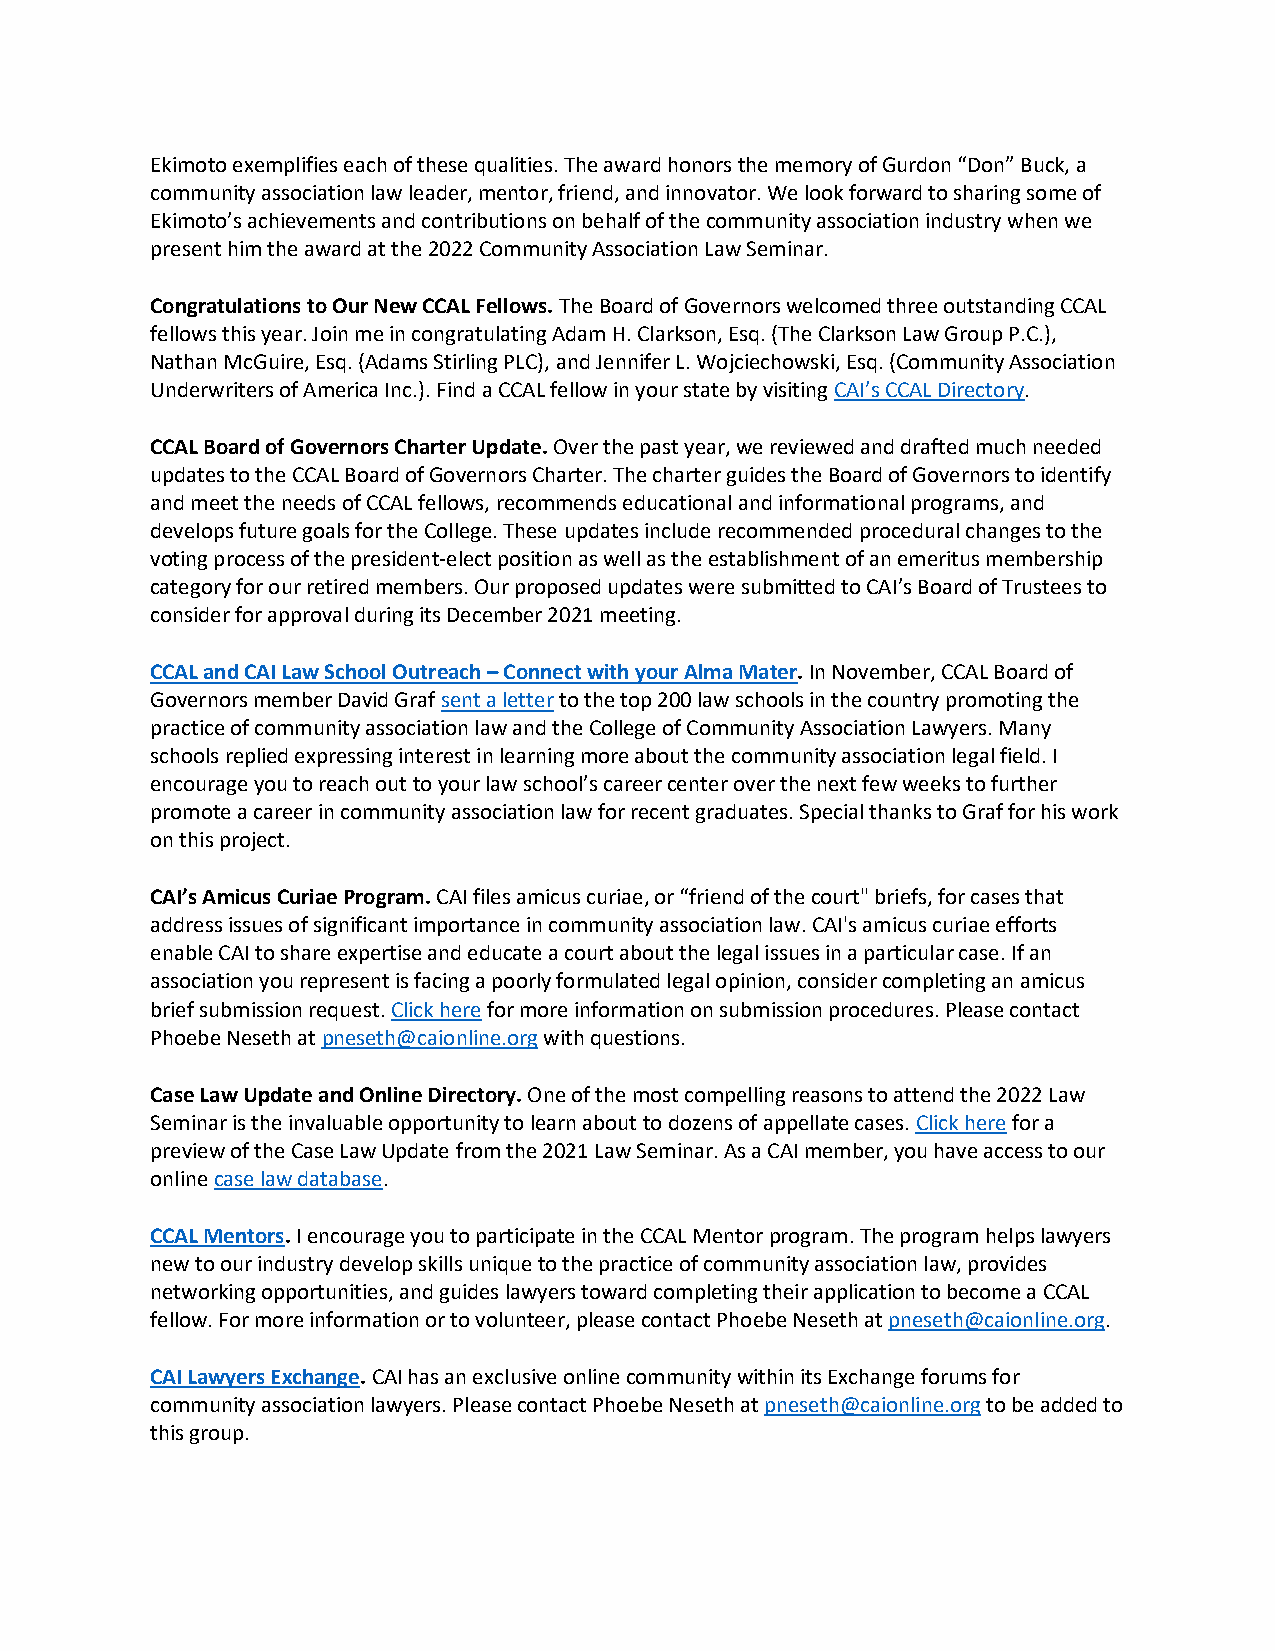
Ekimoto exemplifies each of these qualities. The award honors the memory of Gurdon “Don” Buck, a
 community association law leader, mentor, friend, and innovator. We look forward to sharing some of
 Ekimoto’s achievements and contributions on behalf of the community association industry when we
 present him the award at the 2022 Community Association Law Seminar.
 Congratulations to Our New CCAL Fellows. The Board of Governors welcomed three outstanding CCAL
 fellows this year. Join me in congratulating Adam H. Clarkson, Esq. (The Clarkson Law Group P.C.),
 Nathan McGuire, Esq. (Adams Stirling PLC), and Jennifer L. Wojciechowski, Esq. (Community Association
 Underwriters of America Inc.). Find a CCAL fellow in your state by visiting CAI’s CCAL Directory.
 CCAL Board of Governors Charter Update. Over the past year, we reviewed and drafted much needed
 updates to the CCAL Board of Governors Charter. The charter guides the Board of Governors to identify
 and meet the needs of CCAL fellows, recommends educational and informational programs, and
 develops future goals for the College. These updates include recommended procedural changes to the
 voting process of the president-elect position as well as the establishment of an emeritus membership
 category for our retired members. Our proposed updates were submitted to CAI’s Board of Trustees to
 consider for approval during its December 2021 meeting.
 CCAL and CAI Law School Outreach – Connect with your Alma Mater. In November, CCAL Board of
 Governors member David Graf sent a letter to the top 200 law schools in the country promoting the
 practice of community association law and the College of Community Association Lawyers. Many
 schools replied expressing interest in learning more about the community association legal field. I
 encourage you to reach out to your law school’s career center over the next few weeks to further
 promote a career in community association law for recent graduates. Special thanks to Graf for his work
 on this project.
 CAI’s Amicus Curiae Program. CAI files amicus curiae, or “friend of the court" briefs, for cases that
 address issues of significant importance in community association law. CAI's amicus curiae efforts
 enable CAI to share expertise and educate a court about the legal issues in a particular case. If an
 association you represent is facing a poorly formulated legal opinion, consider completing an amicus
 brief submission request. Click here for more information on submission procedures. Please contact
 Phoebe Neseth at pneseth@caionline.org with questions.
 Case Law Update and Online Directory. One of the most compelling reasons to attend the 2022 Law
 Seminar is the invaluable opportunity to learn about to dozens of appellate cases. Click here for a
 preview of the Case Law Update from the 2021 Law Seminar. As a CAI member, you have access to our
 online case law database.
 CCAL Mentors. I encourage you to participate in the CCAL Mentor program. The program helps lawyers
 new to our industry develop skills unique to the practice of community association law, provides
 networking opportunities, and guides lawyers toward completing their application to become a CCAL
 fellow. For more information or to volunteer, please contact Phoebe Neseth at pneseth@caionline.org.
 CAI Lawyers Exchange. CAI has an exclusive online community within its Exchange forums for
 community association lawyers. Please contact Phoebe Neseth at pneseth@caionline.org to be added to
 this group.